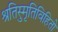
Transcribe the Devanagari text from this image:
श्रुतिस्मृतिविहितो